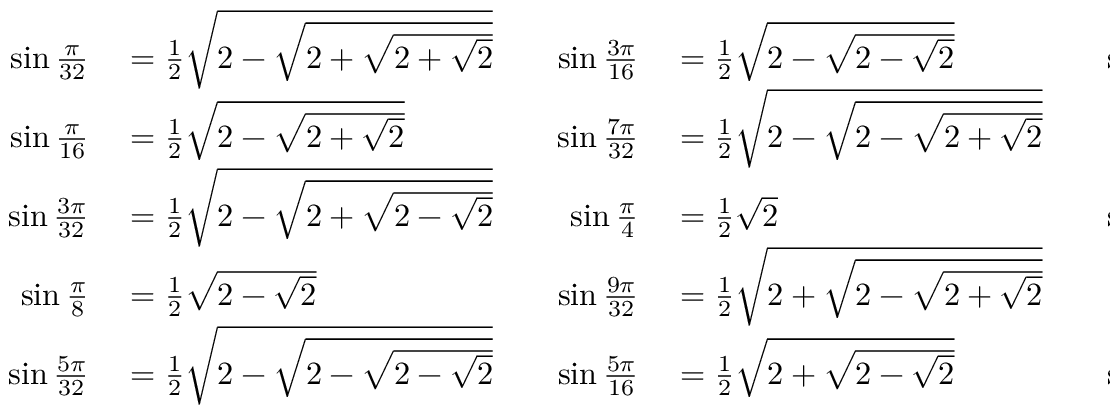
\begin{array} { r l r l r l } { \sin { \frac { \pi } { 3 2 } } } & { { } = { \frac { 1 } { 2 } } { \sqrt { 2 - { \sqrt { 2 + { \sqrt { 2 + { \sqrt { 2 } } } } } } } } } & { \quad \sin { \frac { 3 \pi } { 1 6 } } } & { { } = { \frac { 1 } { 2 } } { \sqrt { 2 - { \sqrt { 2 - { \sqrt { 2 } } } } } } } & { \quad \sin { \frac { 1 1 \pi } { 3 2 } } } & { { } = { \frac { 1 } { 2 } } { \sqrt { 2 + { \sqrt { 2 - { \sqrt { 2 - { \sqrt { 2 } } } } } } } } } \\ { \sin { \frac { \pi } { 1 6 } } } & { { } = { \frac { 1 } { 2 } } { \sqrt { 2 - { \sqrt { 2 + { \sqrt { 2 } } } } } } } & { \quad \sin { \frac { 7 \pi } { 3 2 } } } & { { } = { \frac { 1 } { 2 } } { \sqrt { 2 - { \sqrt { 2 - { \sqrt { 2 + { \sqrt { 2 } } } } } } } } } & { \quad \sin { \frac { 3 \pi } { 8 } } } & { { } = { \frac { 1 } { 2 } } { \sqrt { 2 + { \sqrt { 2 } } } } } \\ { \sin { \frac { 3 \pi } { 3 2 } } } & { { } = { \frac { 1 } { 2 } } { \sqrt { 2 - { \sqrt { 2 + { \sqrt { 2 - { \sqrt { 2 } } } } } } } } } & { \quad \sin { \frac { \pi } { 4 } } } & { { } = { \frac { 1 } { 2 } } { \sqrt { 2 } } } & { \quad \sin { \frac { 1 3 \pi } { 3 2 } } } & { { } = { \frac { 1 } { 2 } } { \sqrt { 2 + { \sqrt { 2 + { \sqrt { 2 - { \sqrt { 2 } } } } } } } } } \\ { \sin { \frac { \pi } { 8 } } } & { { } = { \frac { 1 } { 2 } } { \sqrt { 2 - { \sqrt { 2 } } } } } & { \quad \sin { \frac { 9 \pi } { 3 2 } } } & { { } = { \frac { 1 } { 2 } } { \sqrt { 2 + { \sqrt { 2 - { \sqrt { 2 + { \sqrt { 2 } } } } } } } } } & { \quad \sin { \frac { 7 \pi } { 1 6 } } } & { { } = { \frac { 1 } { 2 } } { \sqrt { 2 + { \sqrt { 2 + { \sqrt { 2 } } } } } } } \\ { \sin { \frac { 5 \pi } { 3 2 } } } & { { } = { \frac { 1 } { 2 } } { \sqrt { 2 - { \sqrt { 2 - { \sqrt { 2 - { \sqrt { 2 } } } } } } } } } & { \quad \sin { \frac { 5 \pi } { 1 6 } } } & { { } = { \frac { 1 } { 2 } } { \sqrt { 2 + { \sqrt { 2 - { \sqrt { 2 } } } } } } } & { \quad \sin { \frac { 1 5 \pi } { 3 2 } } } & { { } = { \frac { 1 } { 2 } } { \sqrt { 2 + { \sqrt { 2 + { \sqrt { 2 + { \sqrt { 2 } } } } } } } } } \end{array}